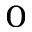
_ 0